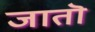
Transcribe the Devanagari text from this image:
जातॊ